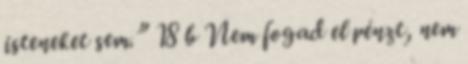
isteneket sem.” 18 b Nem fogad el pénzt, nem